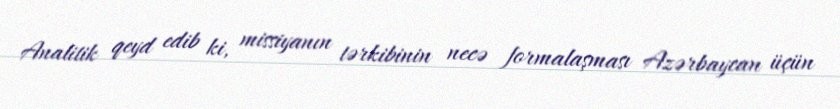
Analitik qeyd edib ki, missiyanın tərkibinin necə formalaşması Azərbaycan üçün